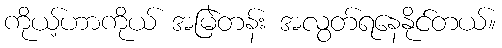
ကိုယ့်ဟာကိုယ် အမြဲတန်း အလွတ်ရနေနိုင်တယ်။